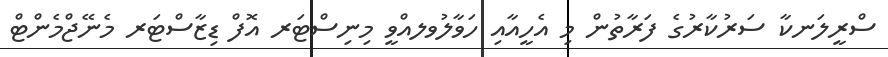
ސްރީލަނކާ ސަރުކާރުގެ ފަރާތުން މި އެހީއާއި ހަވާލުވލއްވީ މިނިސްޓަރ އޮފް ޑިޒާސްޓަރ މެނޭޖްމެންޓް